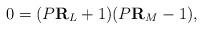
LaTeX: \begin{align*}0=(P{\bf R}_{L}+1)(P{\bf R}_{M} -1),\end{align*}